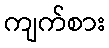
ကျက်စား